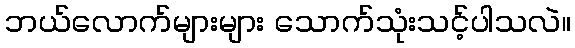
ဘယ်လောက်များများ သောက်သုံးသင့်ပါသလဲ။